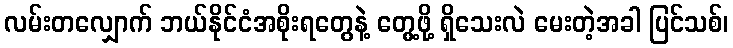
လမ်းတလျှောက် ဘယ်နိုင်ငံအစိုးရတွေနဲ့ တွေ့ဖို့ ရှိသေးလဲ မေးတဲ့အခါ ပြင်သစ်၊